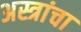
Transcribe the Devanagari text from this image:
अस्त्रांचा